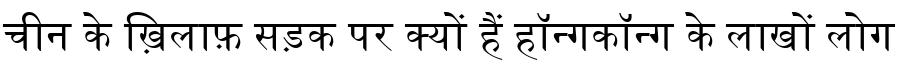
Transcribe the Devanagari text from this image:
चीन के ख़िलाफ़ सड़क पर क्यों हैं हॉन्गकॉन्ग के लाखों लोग